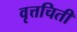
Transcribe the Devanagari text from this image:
वृत्तचिती